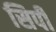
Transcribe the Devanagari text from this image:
सिर्पी